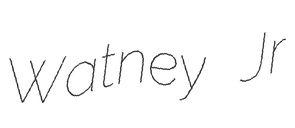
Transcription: Watney Jr